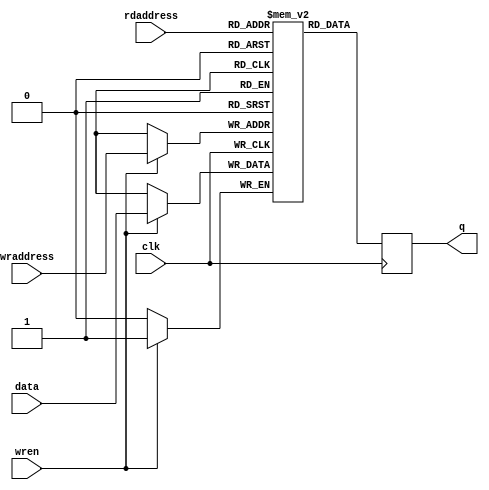
module simple_ram(
    input                       clk,
    input       [widthad-1:0]   wraddress,
    input                       wren,
    input       [width-1:0]     data,
    input       [widthad-1:0]   rdaddress,
    output reg  [width-1:0]     q
);
parameter width     = 1;
parameter widthad   = 1;
reg [width-1:0] mem [(2**widthad)-1:0];
always @(posedge clk) begin
    if(wren) mem[wraddress] <= data;
    q <= mem[rdaddress];
end
endmodule